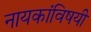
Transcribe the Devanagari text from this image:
नायकांविषयी